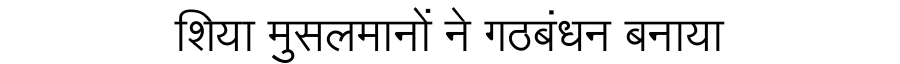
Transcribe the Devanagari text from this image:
शिया मुसलमानों ने गठबंधन बनाया